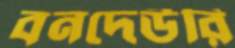
বনদেউরি